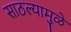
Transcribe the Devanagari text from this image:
साठल्यामुळे